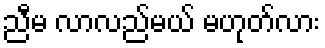
ညီမ လာလည်မယ် မဟုတ်လား